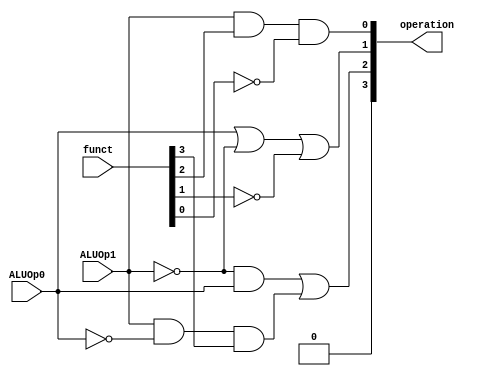
module ALU_Control (
    input ALUOp1,
    input ALUOp0,
    input [3:0] funct,
    output [3:0] operation
);
    wire A;
    wire B;

    and (operation[3], ALUOp1, ~ALUOp1);
    and (A, ~ALUOp1, ALUOp0);
    and (B, ALUOp1, ~ALUOp0, funct[3]);

    or (operation[2], A, B);
    or (operation[1], ALUOp0, ~ALUOp1, ~funct[1]);
    and (operation[0], ALUOp1, funct[2], ~funct[0]);
endmodule